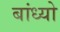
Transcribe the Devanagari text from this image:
बांध्‍यो